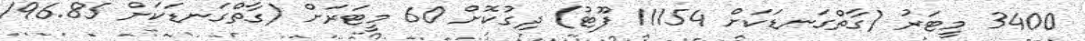
3400 މީޓަރު (ގާތްގަނޑަކަށް 11154 ފޫޓު) ދިގުކޮށް 60 މީޓަރަށް (ގާތްގަނޑަކަށް 196.85